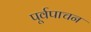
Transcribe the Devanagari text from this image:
पूर्वपाचन